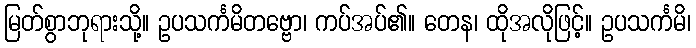
မြတ်စွာဘုရားသို့။ ဥပသင်္ကမိတဗ္ဗော၊ ကပ်အပ်၏။ တေန၊ ထိုအလိုဖြင့်။ ဥပသင်္ကမိ၊